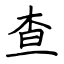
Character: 查